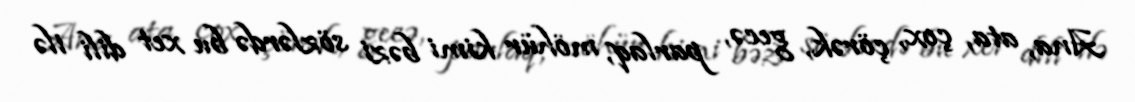
Ana, ata, çox, çörək, gecə, parlaq, möhür kimi bəzi sözlərdə bu xet dili ilə